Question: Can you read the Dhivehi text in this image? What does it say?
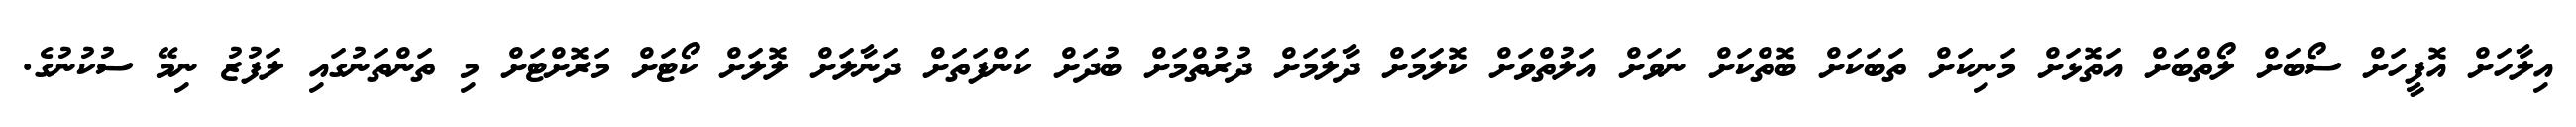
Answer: އިލާހަށް އޮފީހަށް ސޯބަށް ލޯތްބަށް އަތޮޅަށް މަނިކަށް ތަބަކަށް ބޮތްކަށް ނަވަށް އަލުތްވަށް ކޮލަމަށް ދާލަމަށް ދުރުތްމަށް ބުދަށް ކަންފަތަށް ދަނާލަށް ލޮލަށް ކޯޓަށް މަރޮށްޓަށް މި ތަންތަނުގައި ލަފުޒު ނިމޭ ސުކުނުގެ.